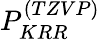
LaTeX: P_{KRR}^{(TZVP)}